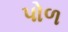
પોળ